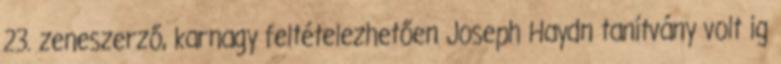
23. zeneszerző, karnagy feltételezhetően Joseph Haydn tanítvány volt ig